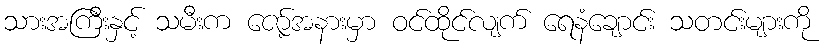
သားအကြီးနှင့် သမီးက ဇော့်အနားမှာ ဝင်ထိုင်လျက် ရေနံချောင်း သတင်းများကို